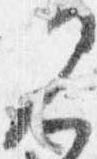
見